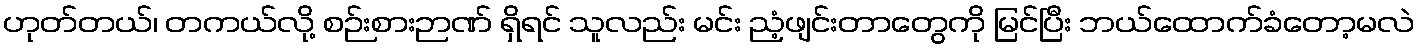
ဟုတ်တယ်၊ တကယ်လို့ စဉ်းစားဉာဏ် ရှိရင် သူလည်း မင်း ညံ့ဖျင်းတာတွေကို မြင်ပြီး ဘယ်ထောက်ခံတော့မလဲ